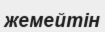
жемейтін